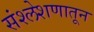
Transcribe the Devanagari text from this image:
संश्लेशणातून